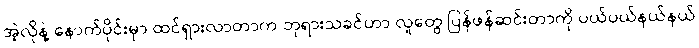
အဲ့လိုနဲ့ နောက်ပိုင်းမှာ ထင်ရှားလာတာက ဘုရားသခင်ဟာ လူတွေ ပြန်ဖန်ဆင်းတာကို ပယ်ပယ်နယ်နယ်